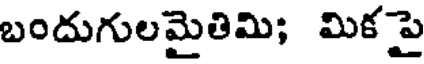
బందుగులమైతిమి; మికపై